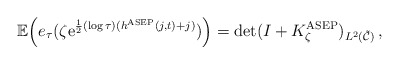
\begin{align*}\mathbb{E}\Big(e_\tau( \zeta \mathrm{e}^{\frac{1}{2}(\log\tau) (h^{\rm ASEP}(j,t) +j)})\Big) = \det(I+K_{\zeta}^{\rm ASEP})_{L^2(\tilde{\mathcal{C}})}\,,\end{align*}